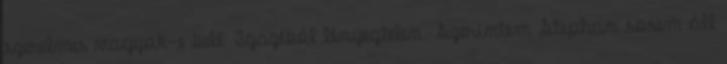
szerelmes vagyok-e belé. Igazéból lényegtelen. Szerintem Stephan sosem áll